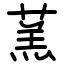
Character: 蓔